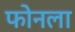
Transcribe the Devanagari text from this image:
फोनला